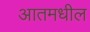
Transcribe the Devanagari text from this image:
आतमधील